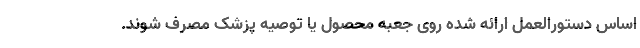
اساس دستورالعمل ارائه شده روی جعبه محصول یا توصیه پزشک مصرف شوند.